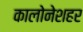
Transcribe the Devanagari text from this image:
कालोनेशहर